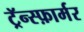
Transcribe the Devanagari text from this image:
ट्रॅन्स्फ़ार्मर